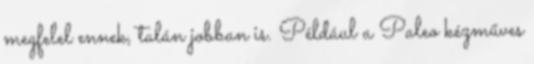
megfelel ennek, talán jobban is. Például a Paleo kézműves